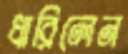
ধারিলেন